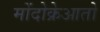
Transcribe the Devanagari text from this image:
मोंदोक्रेआतो